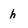
Character: h